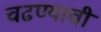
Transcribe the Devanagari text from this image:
चढण्याची